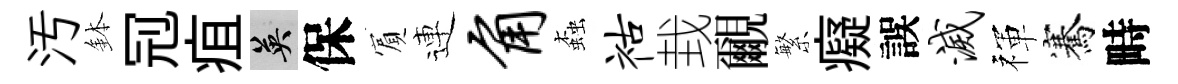
汚鉢𠜍疽英保賔連角螙祜㘽覼繁癡誤灭禈騫畤